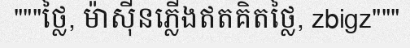
"""ថ្លៃ, ម៉ាស៊ីនភ្លើងឥតគិតថ្លៃ, zbigz"""